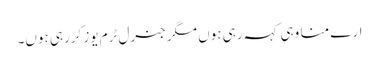
ارے منا وہی کہہ رہی ہوں مگر جنرل ٹرم یوز کررہی ہوں۔